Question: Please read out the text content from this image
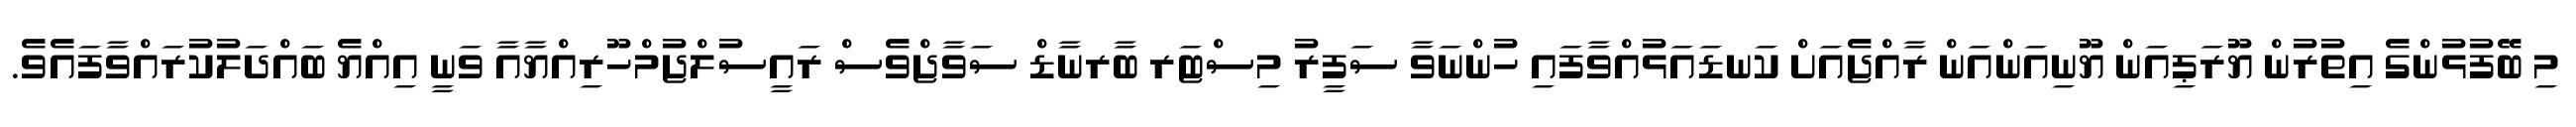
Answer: މި ބޭފުޅުންގެ އިތުރުން ޔޫރަޕިއަން ޔޫނިއަންއަން ރާއްޖެއަށް ކަނޑައަޅުއްވާފައި ހުންނަވާ ސަފީރު މިސްޓަރ ބާރނާޑް ސަވާޖްވެސް ރައީސުލްޖުމްހޫރިއްޔާއާ ވަނީ އިއްޔެ ބައްދަލުކުރައްވާފައެވެ.